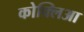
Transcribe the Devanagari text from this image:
कोक्लिआ